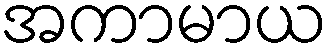
အကာမာယ